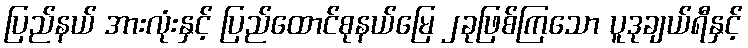
ပြည်နယ် အားလုံးနှင့် ပြည်ထောင်စုနယ်မြေ ၂ခုဖြစ်ကြသော ပူဒုချယ်ရီနှင့်